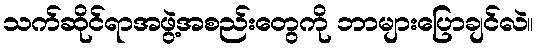
သက်ဆိုင်ရာအဖွဲ့အစည်းတွေကို ဘာများပြောချင်လဲ။